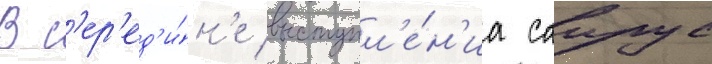
В с'ер'ед'и́н'е выступл'е́н'иа саирус